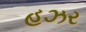
હઝર